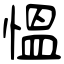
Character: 慍